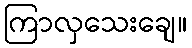
ကြာလှသေးချေ။